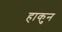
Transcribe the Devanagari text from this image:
हाकुन